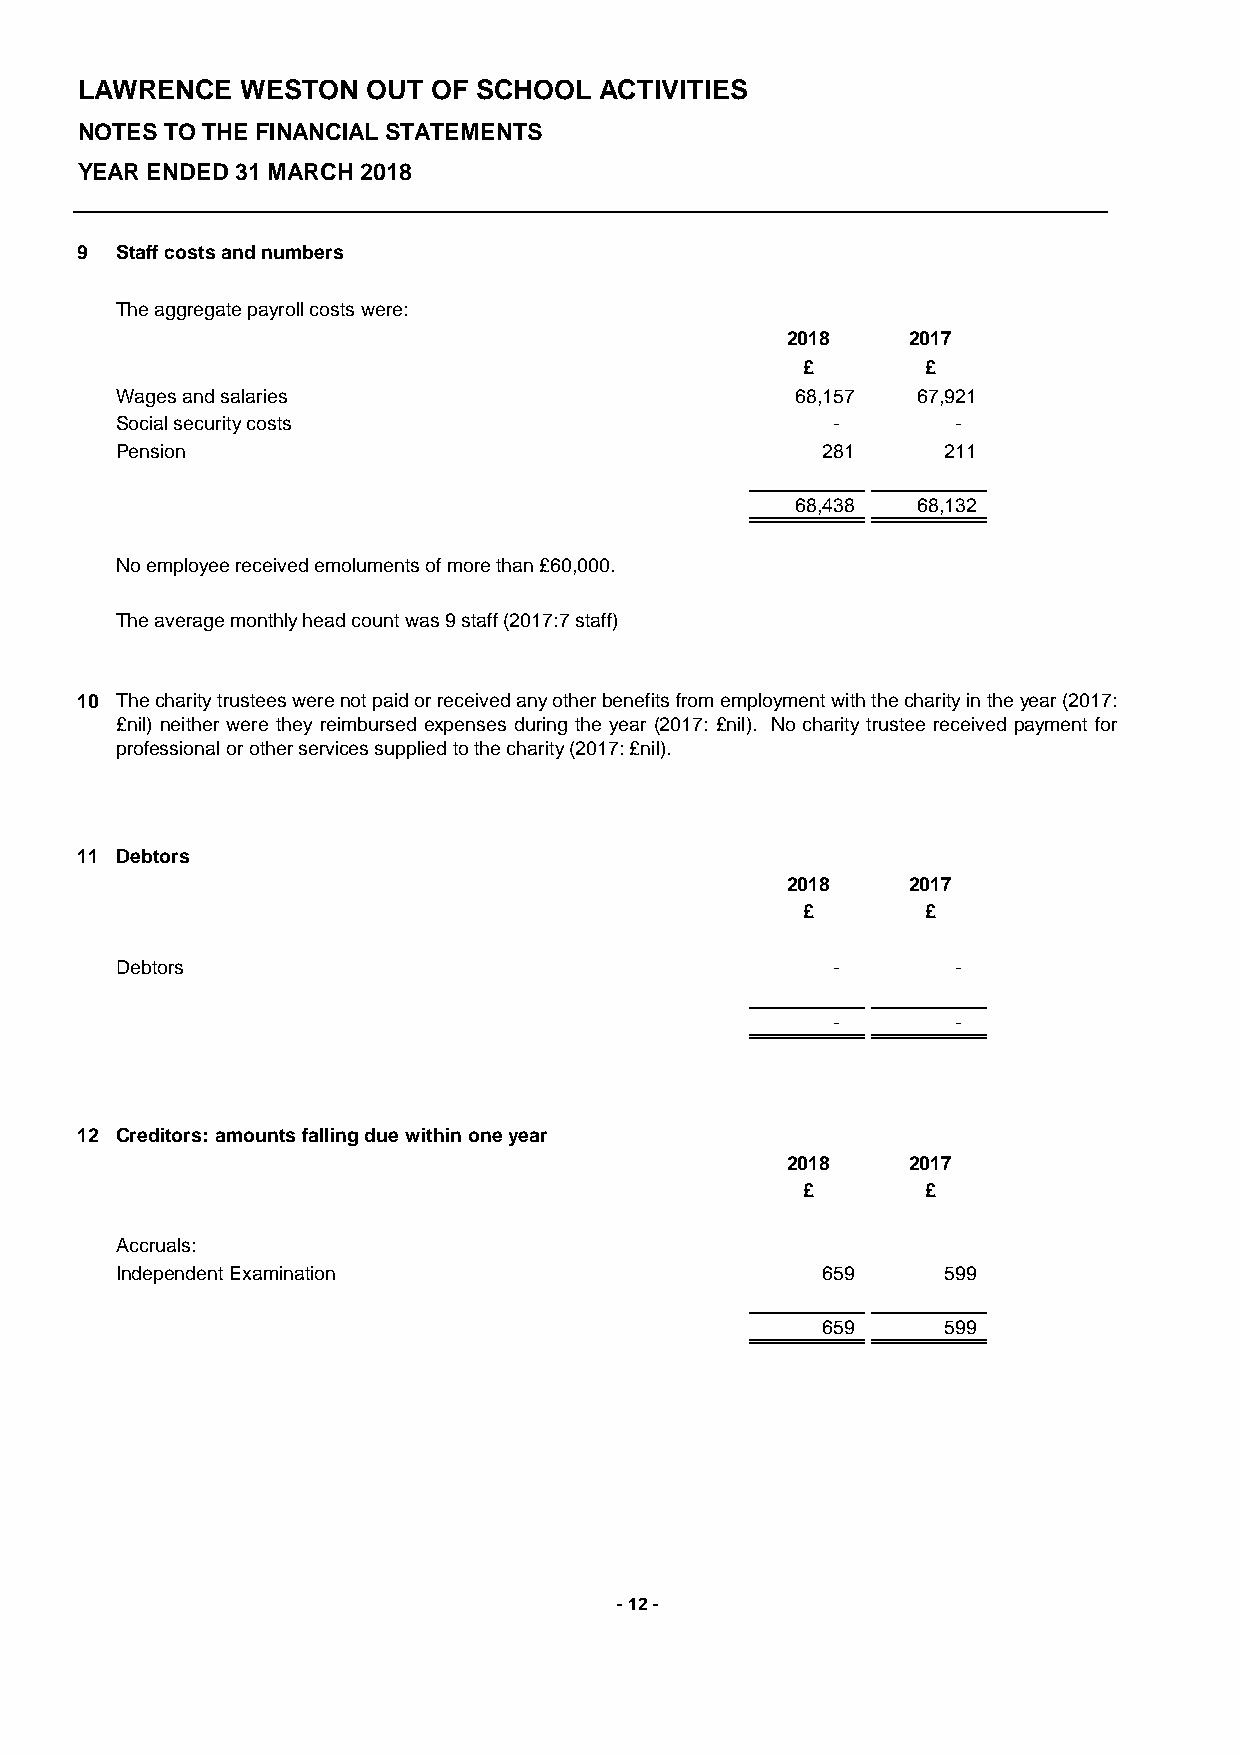
LAWRENCE   WESTON  OUT  OF SCHOOL  ACTIVITIES
 NOTES TO THE FINANCIAL STATEMENTS
 YEAR ENDED 31 MARCH 2018
 9  Staff costs and numbers
 The aggregate payroll costs were:
 2018    2017
 £       £
 Wages and salaries                           68,157  67,921
 Social security costs                          -       -
 Pension                                       281     211
 68,438  68,132
 No employee received emoluments of more than £60,000.
 The average monthly head count was 9 staff (2017:7 staff)
 10 Thecharitytrusteeswerenotpaidorreceivedanyotherbenefitsfromemploymentwiththecharityintheyear(2017:
 £nil) neither were they reimbursed expenses during the year (2017: £nil). No charity trustee received payment for
 professional or other services supplied to the charity (2017: £nil).
 11 Debtors
 2018    2017
 £       £
 Debtors                                        -       -
 -       -
 12 Creditors: amounts falling due within one year
 2018    2017
 £       £
 Accruals:
 Independent Examination                       659     599
 659     599
 - 12 -